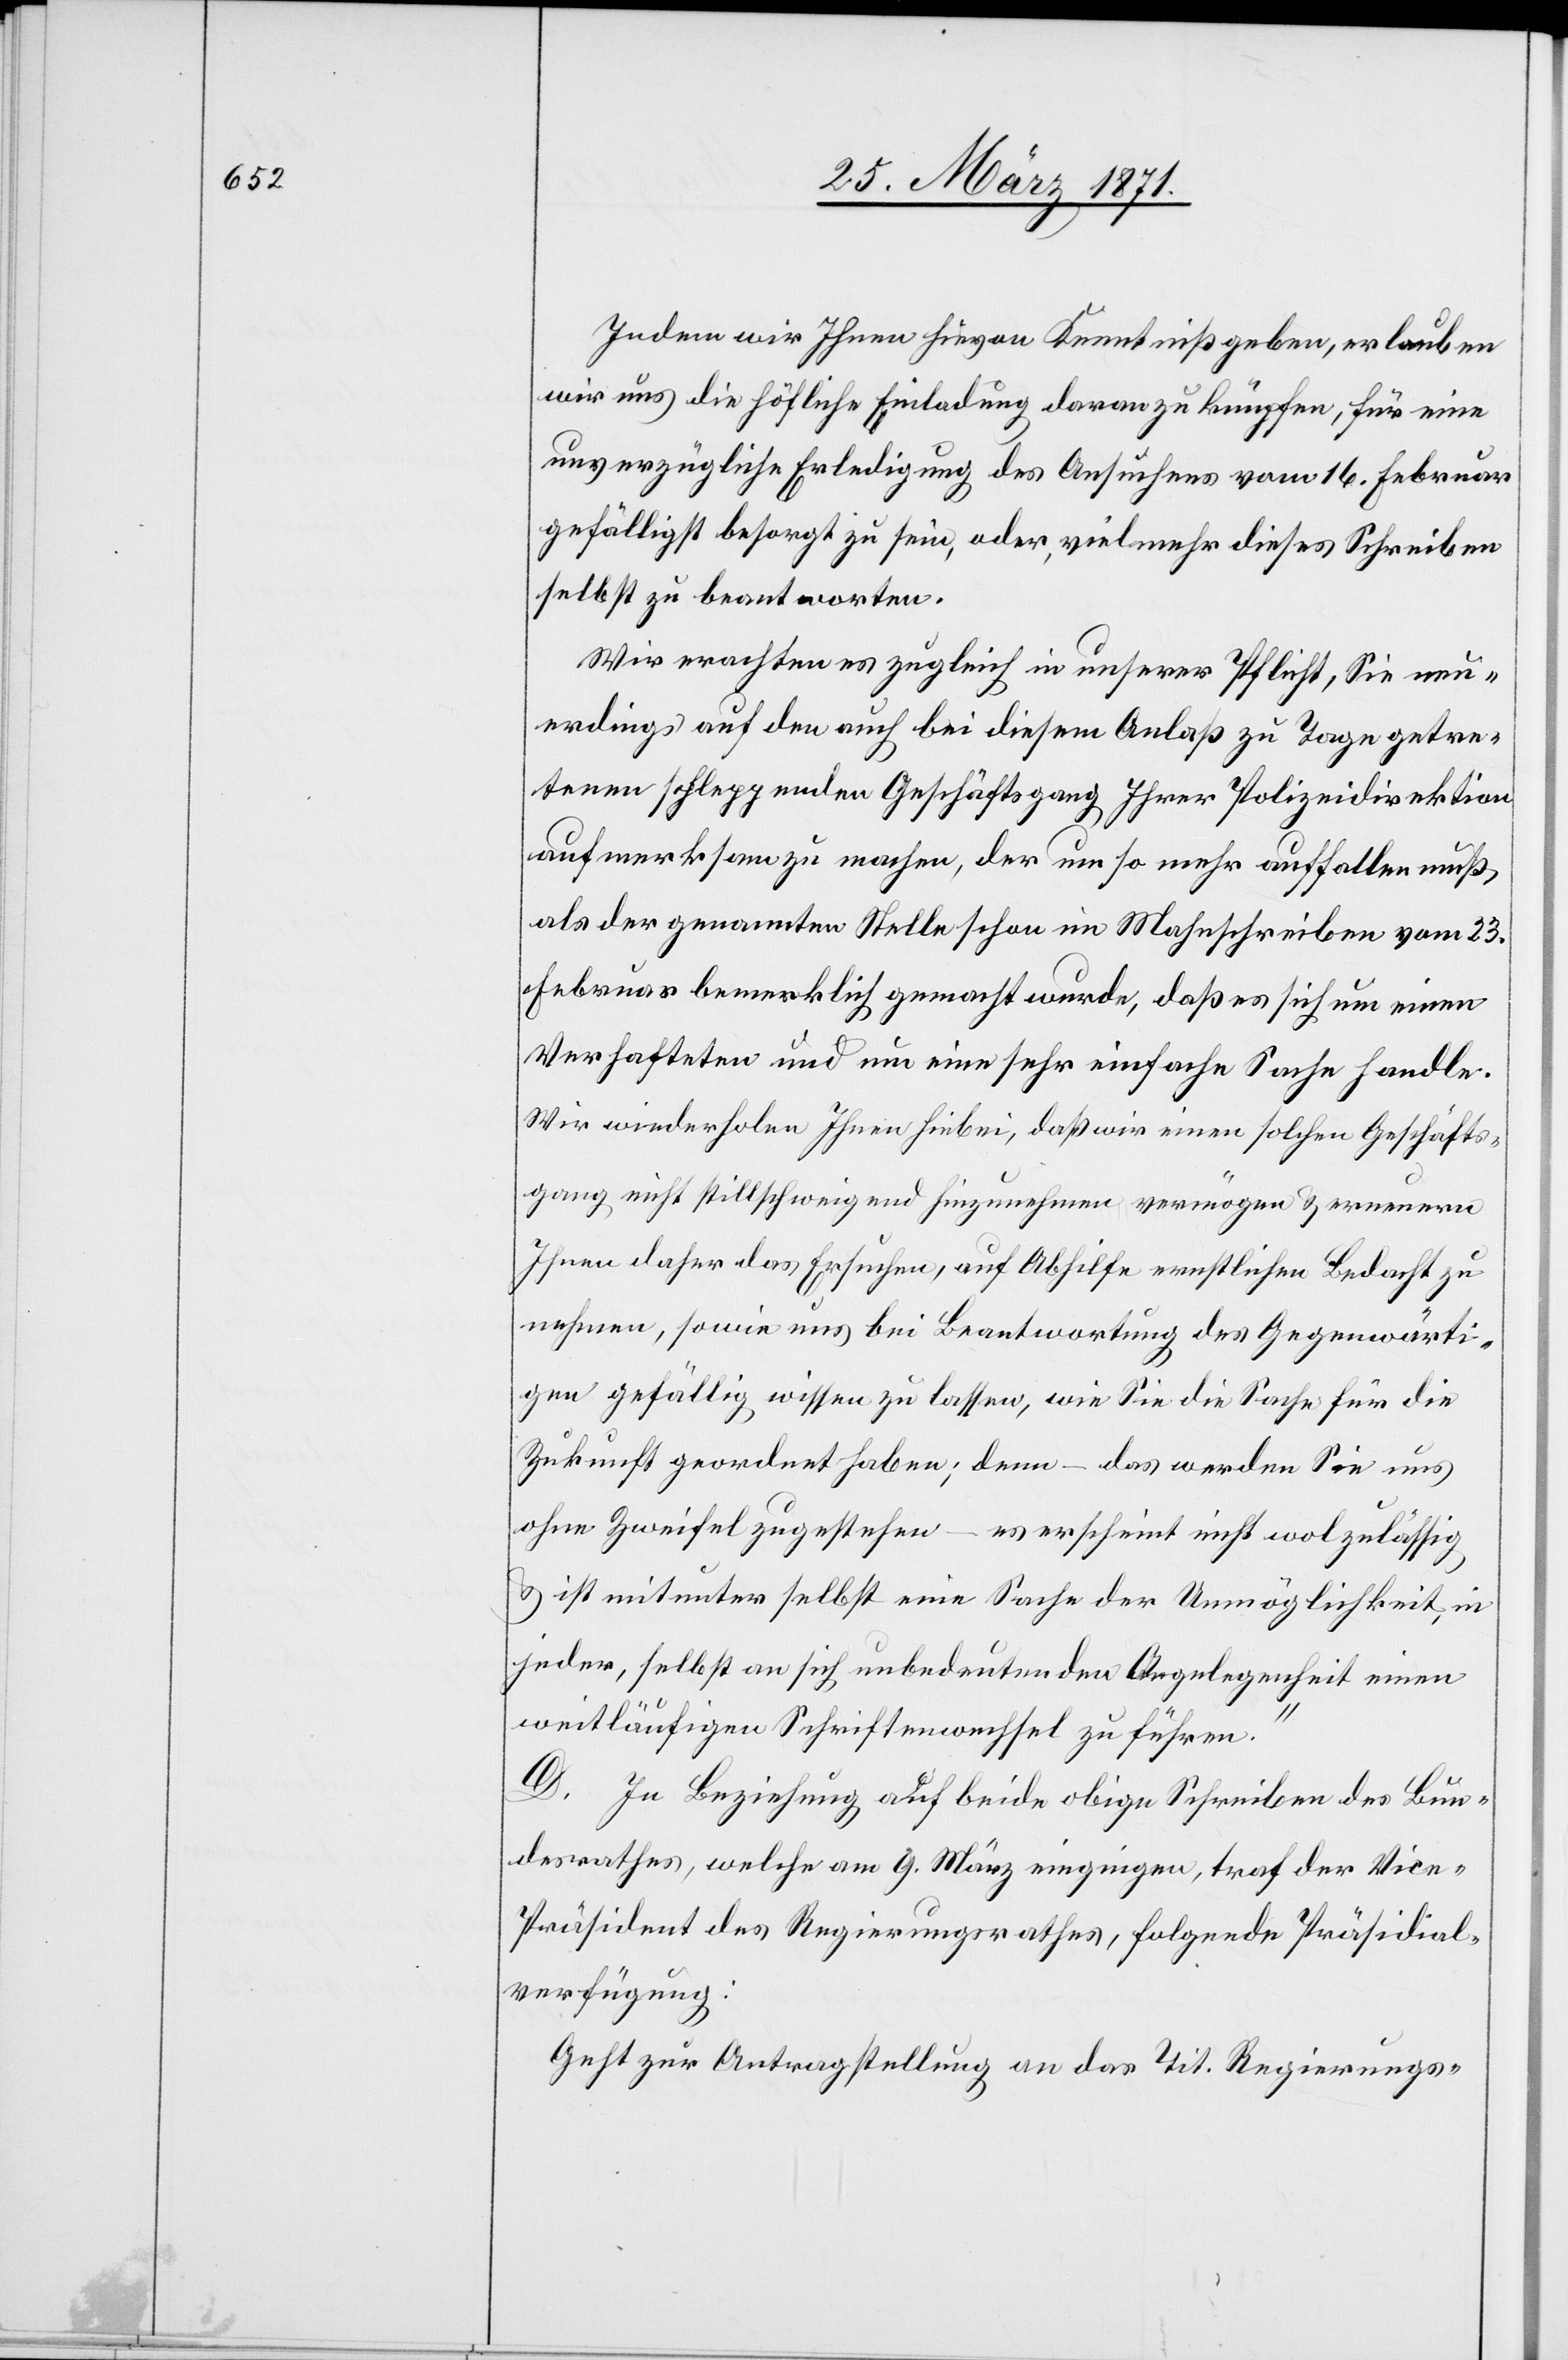
Indem wir Ihnen hievon Kenntniß geben, erlauben
wir uns die höfliche Einladung daran zu knüpfen, für eine
unverzügliche Erledigung des Ansuchens vom 16. Februar
gefälligst besorgt zu sein, oder, vielmehr dieses Schreiben
selbst zu beantworten.
Wir erachten es zugleich in unserer Pflicht, Sie neu¬
erdings auf den auch bei diesem Anlaß zu Tage getre¬
tenen schleppenden Geschäftsgang Ihrer Polizeidirektion
aufmerksam zu machen, der um so mehr auffallen muß,
als der genannten Stelle schon im Mahnschreiben vom 23.
Februar bemerklich gemacht wurde, daß es sich um einen
Verhafteten und um eine sehr einfache Sache handle.
Wir wiederholen Ihnen hiebei, daß wir einen solchen Geschäfts¬
gang nicht stillschweigend hinzunehmen vermögen u. erneuern
Ihnen daher das Ersuchen, auf Abhilfe ernstlichen Bedacht zu
nehmen, sowie uns bei Beantwortung des Gegenwärti¬
gen gefällig wissen zu lassen, wie Sie die Sachen für die
Zukunft geordnet haben; denn – das werden Sie uns
ohne Zweifel zugestehen – es erscheint nicht wol zulässig
u. ist mitunter selbst eine Sache der Unmöglichkeit in
jeder, selbst an sich unbedeutenden Angelegenheit einen
weitläufigen Schriftenwechsel zu führen.“
D. In Beziehung auf beide obige Schreiben des Bun¬
desrathes, welche am 9. März eingingen, traf der Vic¬
e-Präsident des Regierungsrathes, folgende Präsidial¬
verfügung:
Geht zur Antragstellung an das Tit. Regierungs-